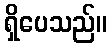
ရှိပေသည်။